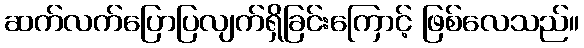
ဆက်လက်ပြောပြလျက်ရှိခြင်းကြောင့် ဖြစ်လေသည်။